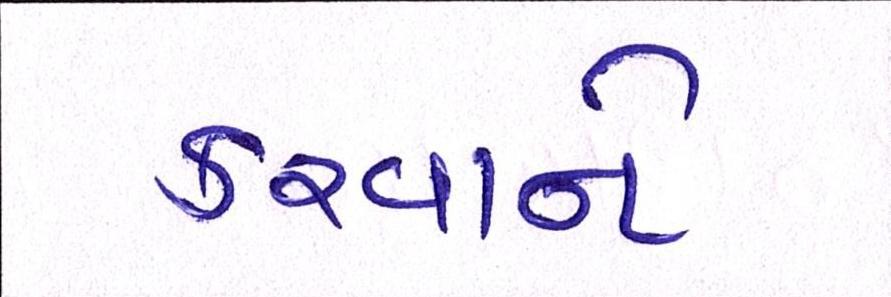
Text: કરવાને